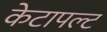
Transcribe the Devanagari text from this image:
केटापल्ट